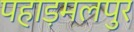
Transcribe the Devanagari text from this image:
पहाड़मलपुर